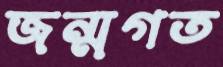
জন্মগত